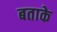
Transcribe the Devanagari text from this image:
बताके